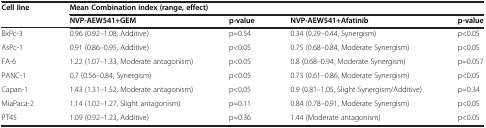
<table><thead><tr><td><b>Cell line</b></td><td colspan="4"><b>Mean Combination index (range, effect)</b></td></tr><tr><td><b> </b></td><td><b>NVP-AEW541+GEM</b></td><td><b>p-value</b></td><td><b>NVP-AEW541+Afatinib</b></td><td><b>p-value</b></td></tr></thead><tbody><tr><td>BxPc-3</td><td>0.96 (0.92–1.08, Additive)</td><td>p=0.54</td><td>0.34 (0.29–0.44, Synergism)</td><td>p&lt;0.05</td></tr><tr><td>AsPc-1</td><td>0.91 (0.86–0.95, Additive)</td><td>p&lt;0.05</td><td>0.75 (0.68–0.84, Moderate Synergism)</td><td>p&lt;0.05</td></tr><tr><td>FA-6</td><td>1.22 (1.07–1.33, Moderate antagonism)</td><td>p&lt;0.05</td><td>0.8 (0.68–0.94, Moderate Synergism)</td><td>p=0.057</td></tr><tr><td>PANC-1</td><td>0.7 (0.56–0.84, Synergism)</td><td>p&lt;0.05</td><td>0.73 (0.61–0.86, Moderate Synergism)</td><td>p&lt;0.05</td></tr><tr><td>Capan-1</td><td>1.43 (1.31–1.52, Moderate antagonism)</td><td>p&lt;0.05</td><td>0.9 (0.81–1.05, Slight Synergism/Additive)</td><td>p=0.34</td></tr><tr><td>MiaPaca-2</td><td>1.14 (1.02–1.27, Slight antagonism)</td><td>p=0.11</td><td>0.84 (0.78–0.91, Moderate Synergism)</td><td>p&lt;0.05</td></tr><tr><td>PT45</td><td>1.09 (0.92–1.23, Additive)</td><td>p=0.36</td><td>1.44 (Moderate antagonism)</td><td>p&lt;0.05</td></tr></tbody></table>